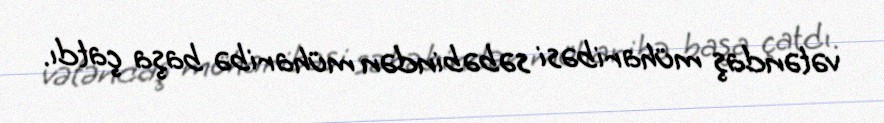
vətəndaş müharibəsi səbəbindən müharibə başa çatdı.